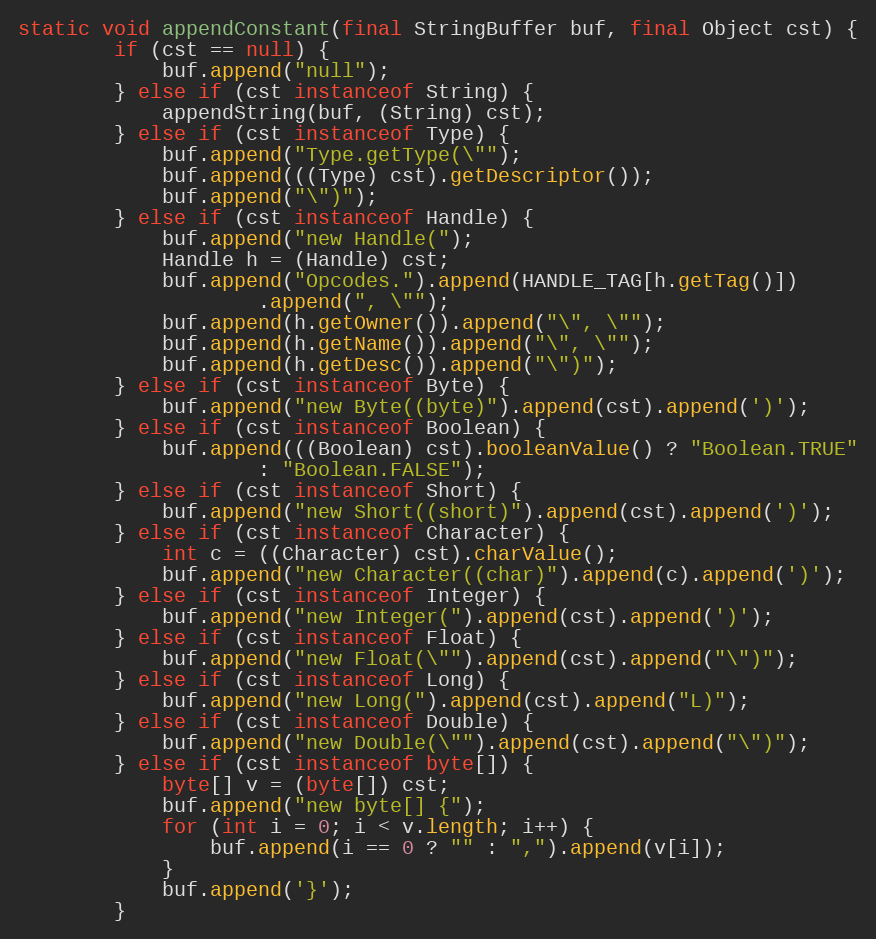
Language: Java
static void appendConstant(final StringBuffer buf, final Object cst) {
        if (cst == null) {
            buf.append("null");
        } else if (cst instanceof String) {
            appendString(buf, (String) cst);
        } else if (cst instanceof Type) {
            buf.append("Type.getType(\"");
            buf.append(((Type) cst).getDescriptor());
            buf.append("\")");
        } else if (cst instanceof Handle) {
            buf.append("new Handle(");
            Handle h = (Handle) cst;
            buf.append("Opcodes.").append(HANDLE_TAG[h.getTag()])
                    .append(", \"");
            buf.append(h.getOwner()).append("\", \"");
            buf.append(h.getName()).append("\", \"");
            buf.append(h.getDesc()).append("\")");
        } else if (cst instanceof Byte) {
            buf.append("new Byte((byte)").append(cst).append(')');
        } else if (cst instanceof Boolean) {
            buf.append(((Boolean) cst).booleanValue() ? "Boolean.TRUE"
                    : "Boolean.FALSE");
        } else if (cst instanceof Short) {
            buf.append("new Short((short)").append(cst).append(')');
        } else if (cst instanceof Character) {
            int c = ((Character) cst).charValue();
            buf.append("new Character((char)").append(c).append(')');
        } else if (cst instanceof Integer) {
            buf.append("new Integer(").append(cst).append(')');
        } else if (cst instanceof Float) {
            buf.append("new Float(\"").append(cst).append("\")");
        } else if (cst instanceof Long) {
            buf.append("new Long(").append(cst).append("L)");
        } else if (cst instanceof Double) {
            buf.append("new Double(\"").append(cst).append("\")");
        } else if (cst instanceof byte[]) {
            byte[] v = (byte[]) cst;
            buf.append("new byte[] {");
            for (int i = 0; i < v.length; i++) {
                buf.append(i == 0 ? "" : ",").append(v[i]);
            }
            buf.append('}');
        }